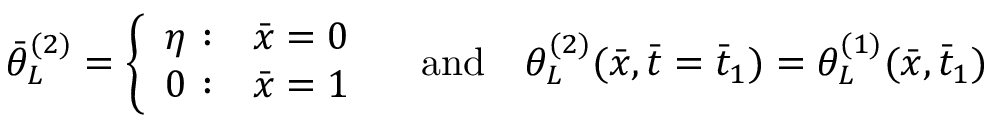
\bar { \theta } _ { L } ^ { ( 2 ) } = \left\{ \begin{array} { l l } { \eta \, \, { : } } & { \bar { x } = 0 } \\ { 0 \, \, { : } } & { \bar { x } = 1 } \end{array} \right. \quad \mathrm { a n d } \quad \theta _ { L } ^ { ( 2 ) } ( \bar { x } , \bar { t } = \bar { t } _ { 1 } ) = \theta _ { L } ^ { ( 1 ) } ( \bar { x } , \bar { t } _ { 1 } )